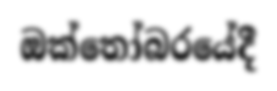
ඔක්තෝබරයේදී